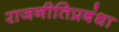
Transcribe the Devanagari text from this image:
राजनीतिप्रबंधा